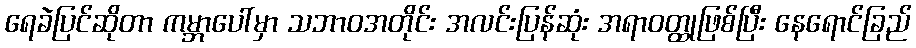
ရေခဲပြင်ဆိုတာ ကမ္ဘာပေါ်မှာ သဘာဝအတိုင်း အလင်းပြန်ဆုံး အရာဝတ္ထုဖြစ်ပြီး နေရောင်ခြည်